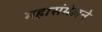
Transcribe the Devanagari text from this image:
महासंमेलने